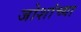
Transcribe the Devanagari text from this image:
जोशांच्या